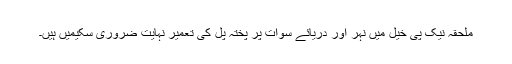
ملحقہ نیک پی خیل میں نہر اور دریائے سوات پر پختہ پل کی تعمیر نہایت ضروری سکیمیں ہیں۔